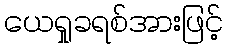
ယေရှုခရစ်အားဖြင့်